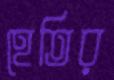
হেতির